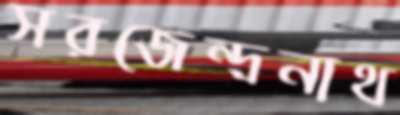
সরজেন্দ্রনাথ